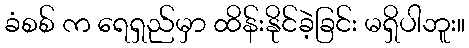
ခံစစ် က ရေရှည်မှာ ထိန်းနိုင်ခဲ့ခြင်း မရှိပါဘူး။